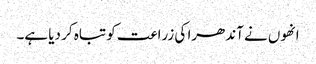
انھوں نے آندھرا کی زراعت کو تباہ کر دیا ہے۔